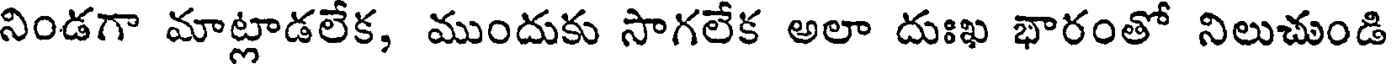
నిండగా మాట్లాడలేక, ముందుకు సాగలేక అలా దుఃఖ భారంతో నిలుచుండి